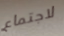
لاجتماع